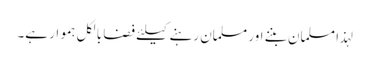
لہذا مسلمان بننے اور مسلمان رہنے کیلئے فضا بالکل ہموار ہے۔